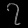
Digit: ၇